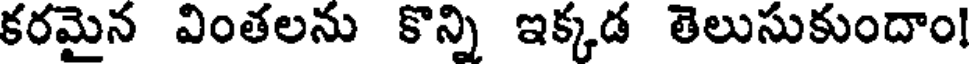
కరమైన వింతలను కొన్ని ఇక్కడ తెలుసుకుందాం!